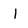
Character: I